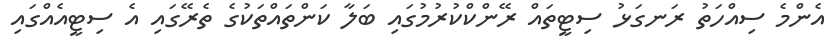
އެންމެ ސިއްހަތު ރަނގަޅު ސިޓީތައް ރޭންކްކުރުމުގައި ބަލާ ކަންތައްތަކުގެ ތެރޭގައި އެ ސިޓީއެއްގައި